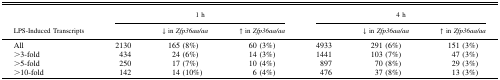
<table><thead><tr><td rowspan="2"><b>LPS-Induced Transcripts</b></td><td colspan="3"><b>1 h</b></td><td colspan="3"><b>4 h</b></td></tr><tr><td></td><td><b>↓ in <i>Zfp36aa/aa</i></b></td><td><b>↑ in <i>Zfp36aa/aa</i></b></td><td></td><td><b>↓ in <i>Zfp36aa/aa</i></b></td><td><b>↑ in <i>Zfp36aa/aa</i></b></td></tr></thead><tbody><tr><td>All</td><td>2130</td><td>165 (8%)</td><td>60 (3%)</td><td>4933</td><td>291 (6%)</td><td>151 (3%)</td></tr><tr><td>&gt;3-fold</td><td>434</td><td>24 (6%)</td><td>14 (3%)</td><td>1441</td><td>103 (7%)</td><td>47 (3%)</td></tr><tr><td>&gt;5-fold</td><td>250</td><td>17 (7%)</td><td>10 (4%)</td><td>897</td><td>70 (8%)</td><td>29 (3%)</td></tr><tr><td>&gt;10-fold</td><td>142</td><td>14 (10%)</td><td>6 (4%)</td><td>476</td><td>37 (8%)</td><td>13 (3%)</td></tr></tbody></table>